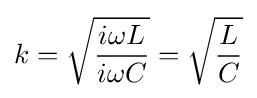
k={\sqrt {\frac {i\omega L}{i\omega C}}}={\sqrt {\frac {L}{C}}}